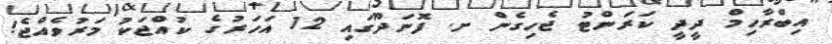
އިބްރާހިމް ދީދީ ކަރަންޓު ޖެހިގެން ށ. ފޮނަދޫގައި 12 އަހަރުގެ ކުއްޖަކު މަރުވެއްޖެ!